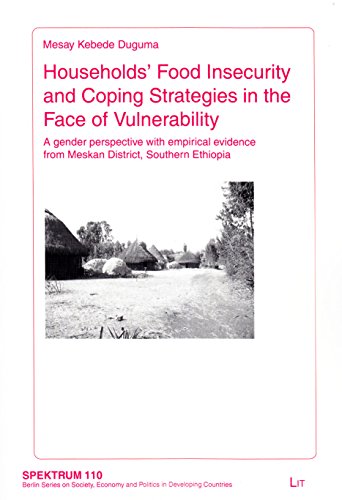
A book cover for Households' Food Insecurity and Coping Strategies in the Face of Vulnerability: A gender perspective with empirical evidence from Meskan District, ... und Politik in Entwicklungslandern); Mesay Kebede Duguma; Science & Math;